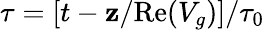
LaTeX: \tau=[t-\mathbf{z}/\textrm{{Re}}(V_{g})]/\tau_{0}